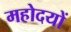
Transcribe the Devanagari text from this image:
महोदयों